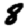
Digit: 8